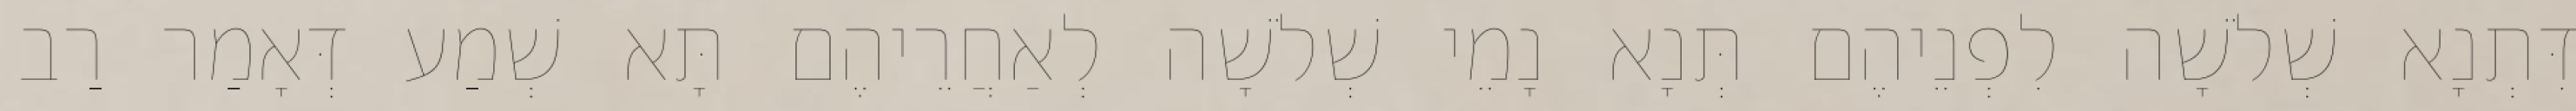
דִּתְנָא שְׁלֹשָׁה לִפְנֵיהֶם תְּנָא נָמֵי שְׁלֹשָׁה לְאַחֲרֵיהֶם תָּא שְׁמַע דְּאָמַר רַב